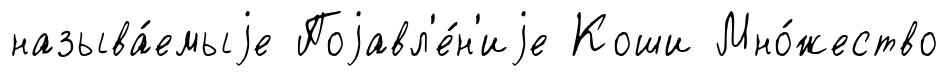
называ́емыjе Поjавл'е́н'иjе Коши Мно́жество